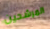
المرشحين